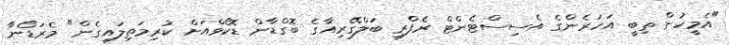
"އެމީހުން ތިބީ އަހަރެންގެ އެސިސްޓެންޓް ރެފްރީ ބަލްގޭރިއާގެ ބޮގްޑާން ޑޮކޯވްއަށް ކުރިމަތިލައިގެން" މެރަޑޯނާ